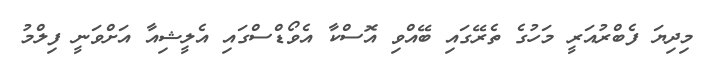
މިދިޔަ ފެބްރުއަރީ މަހުގެ ތެރޭގައި ބޭއްވި އޮސްކާ އެވޯޑްސްގައި އެލީޝިއާ އަށްވަނީ ފިލްމު